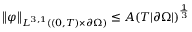
\left\lVert \varphi \right\rVert _ { L ^ { 3 , 1 } ( ( 0 , T ) \times \partial \Omega ) } \le A ( T | \partial \Omega | ) ^ { \frac 1 3 }